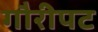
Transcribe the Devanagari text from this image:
गौरीपट